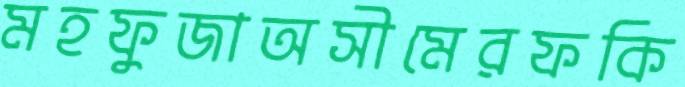
মহফুজাঅসীমেরফকি